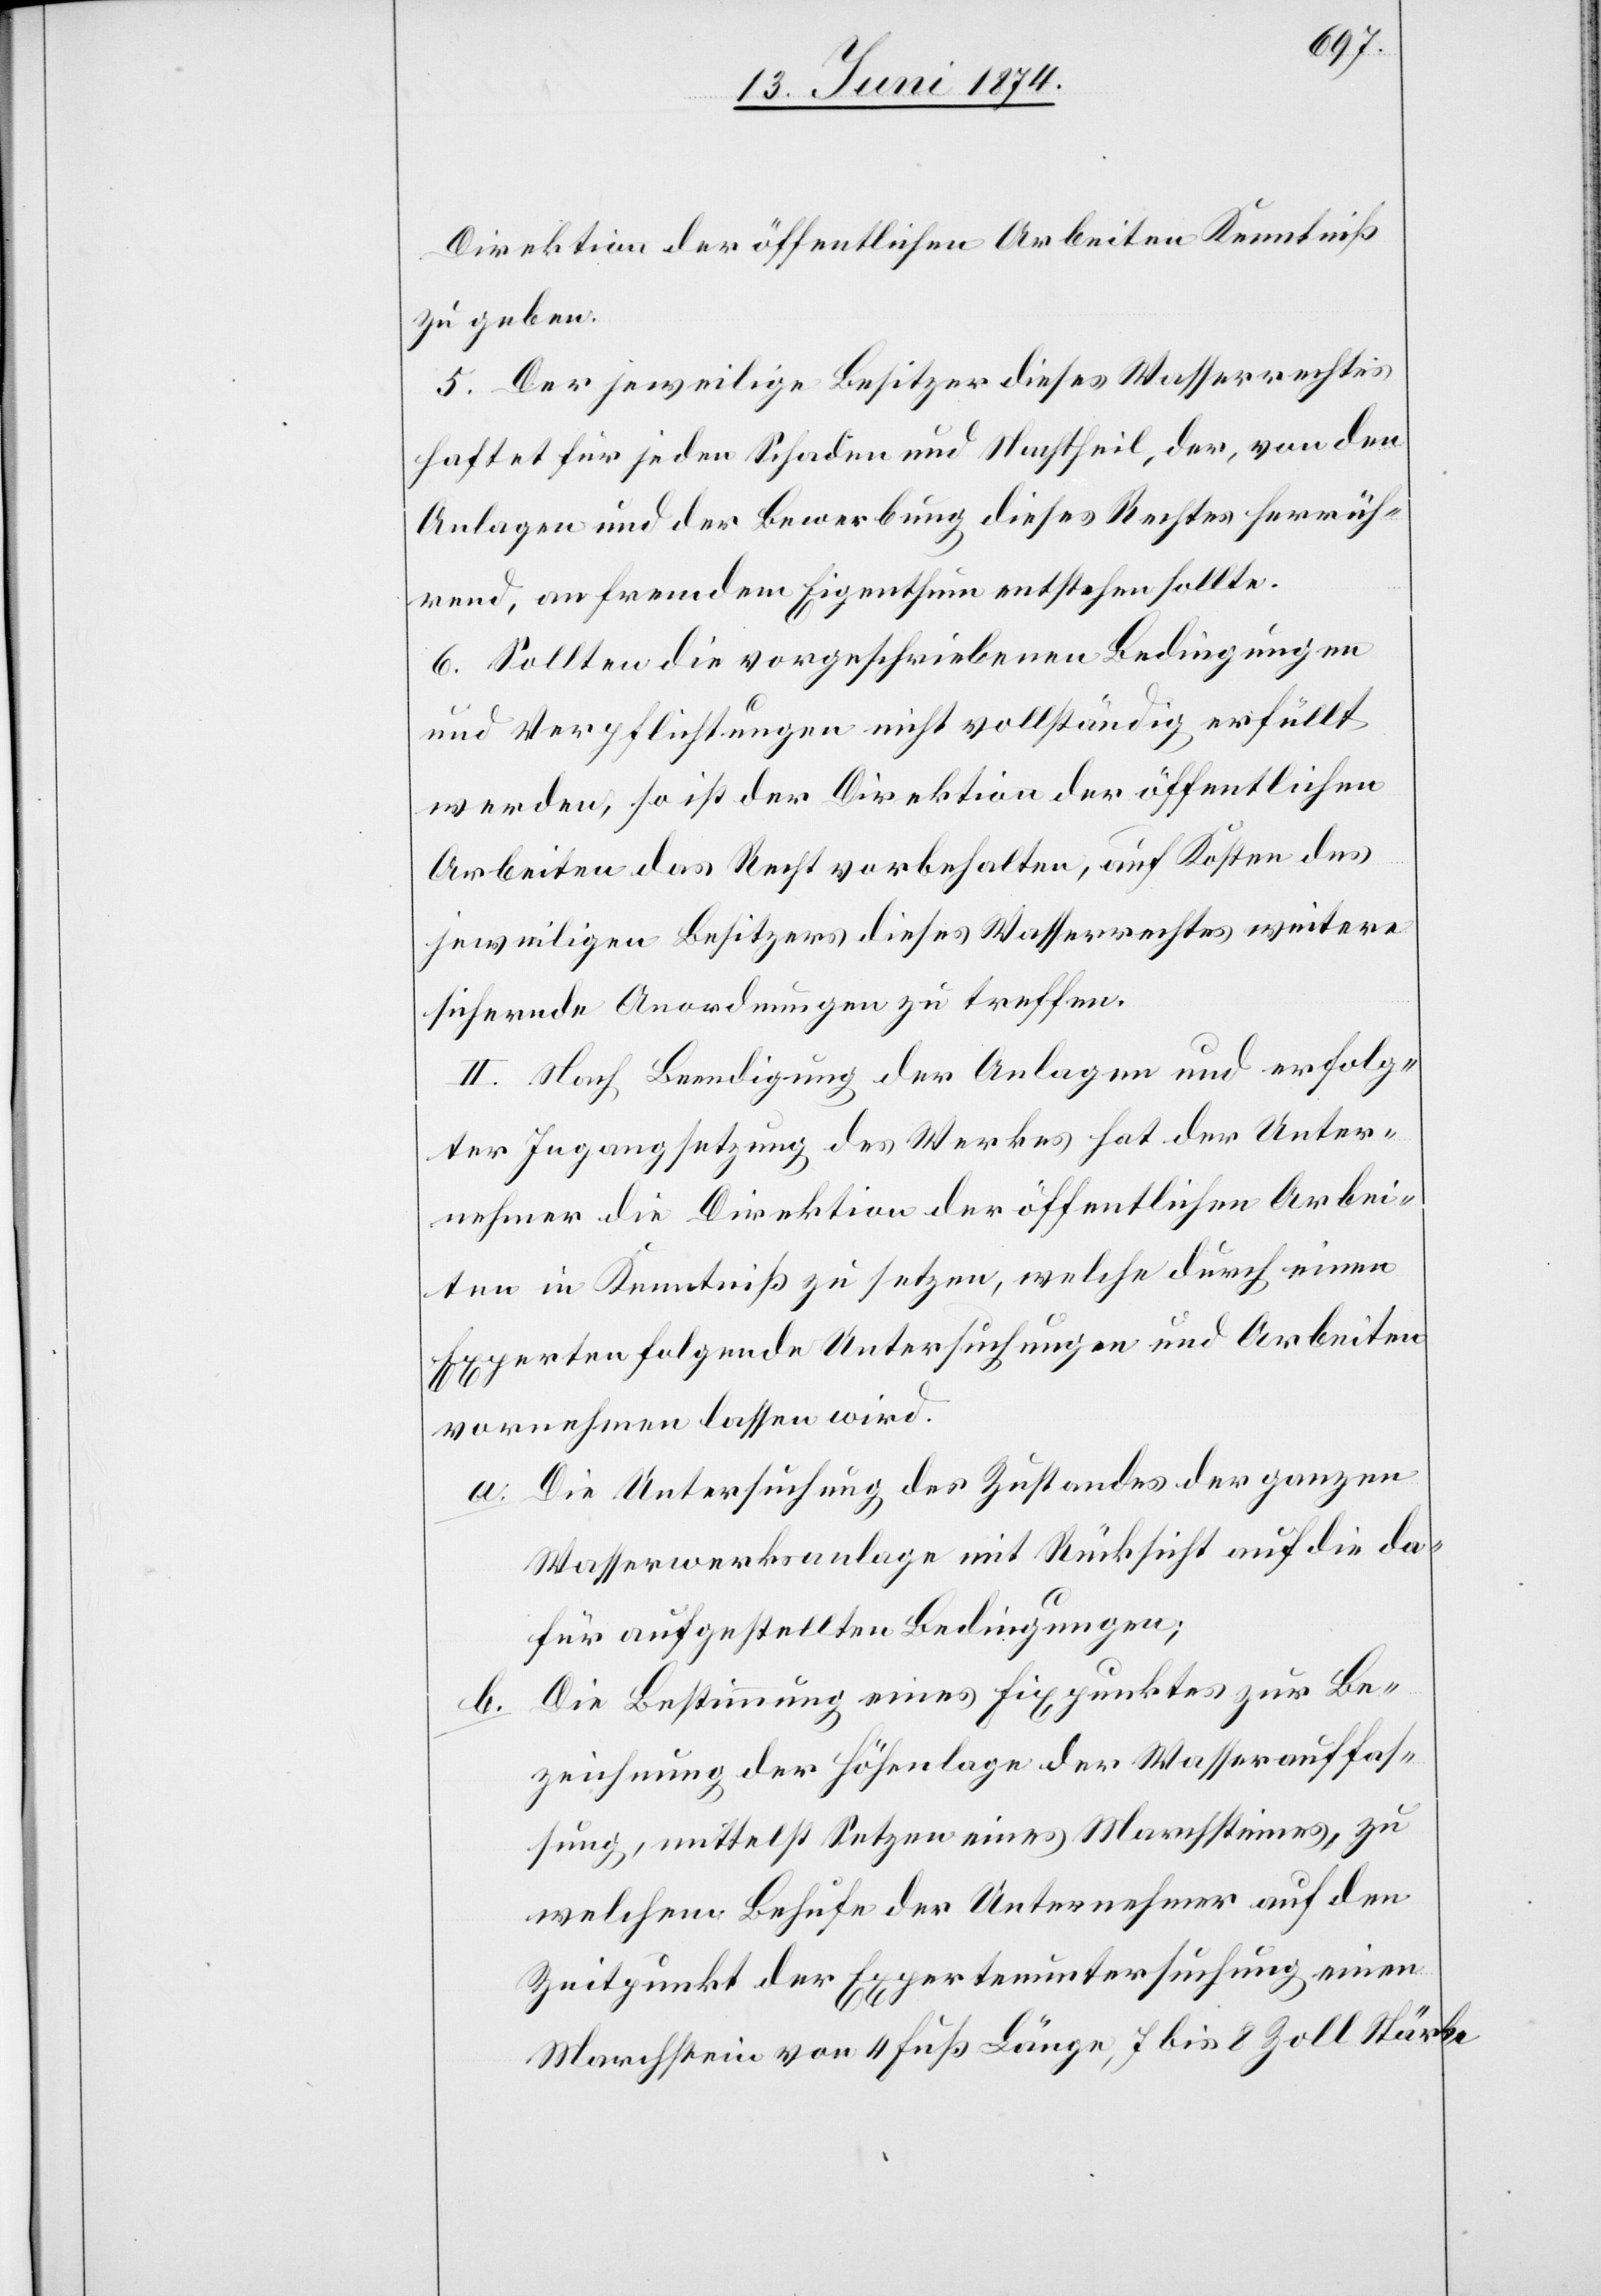
Direktion der öffentlichen Arbeiten Kenntniß
zu geben.
5. Der jeweilige Besitzer dieses Wasserrechtes
haftet für jeden Schaden und Nachtheil, der, von den
Anlagen und der Bewerbung dieses Rechtes herrüh¬
rend, an fremdem Eigenthum entstehen sollte.
6. Sollten die vorgeschriebenen Bedingungen
und Verpflichtungen nicht vollständig erfüllt
werden, so ist der Direktion der öffentlichen
Arbeiten das Recht vorbehalten, auf Kosten des
jeweiligen Besitzers dieses Wasserrechtes weitere
sichernde Anordnungen zu treffen.
II. Nach Beendigung der Anlagen und erfolg¬
ter Ingangsetzung des Werkes hat der Unter¬
nehmer die Direktion der öffentlichen Arbei¬
ten in Kenntniß zu setzen, welche durch einen
Experten folgende Untersuchungen und Arbeiten
vornehmen lassen wird.
a. Die Untersuchung des Zustandes der ganzen
Wasserwerksanlage mit Rücksicht auf die da¬
für aufgestellten Bedingungen;
b. Die Bestimmung eines Fixpunktes zur Be¬
zeichnung der Höhenlage der Wasserauffas¬
sung, mittelst Setzen eines Marchsteines, zu
welchem Behufe der Unternehmer auf den
Zeitpunkt der Expertenuntersuchung einen
Marchstein von 4 Fuß Länge, 7 bis 8 Zoll Stärke